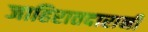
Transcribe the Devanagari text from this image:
जाहिरातदारानी